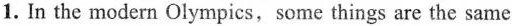
1. In the modern Olympics,some things are the same